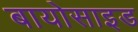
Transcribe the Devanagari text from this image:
बायोसाइड